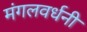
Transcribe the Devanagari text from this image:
मंगलवर्धनी